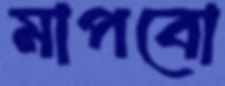
মাপবো